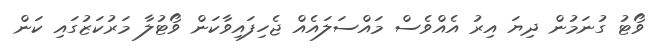
ވޯޓު ގުނަމުން ދިޔަ އިރު އެއްވެސް މައްސަލައެއް ޖެހިފައިވާކަން ވޯޓުލާ މަރުކަޒުގައި ކަން